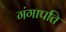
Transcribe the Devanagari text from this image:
गंगापति